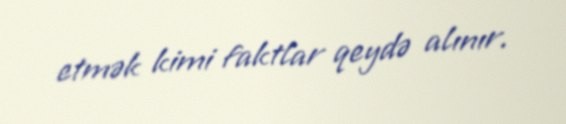
etmək kimi faktlar qeydə alınır.